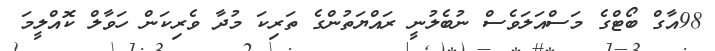
98އާގް ބޯޓްގެ މަސްއަލަވެސް ނުބެލުނީ ރައްޔަތުންގެ ތަރިކަ މުދާ ވެރިކަން ހަވާލް ކޮއްލީމަ